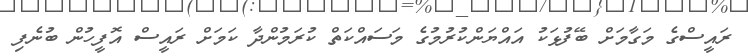
ރައީސްގެ މަގާމަށް ބޭފުޅަކު އައްޔަންކުރުމުގެ މަސައްކަތް ކުރަމުންދާ ކަމަށް ރައީސް އޮފީހުން ބުނެފި